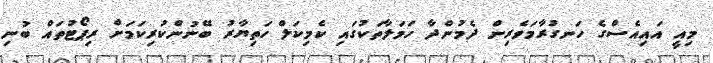
މިއީ އައިއެސްގެ ހަނގުރާމަވެރިން ދެމުންދާ ހަމަލާތަކުގައި ކެމިކަލް ހަތިޔާރު ބޭނުންކުރިކަމަށް ރިޕޯޓުތައް ބުނި